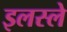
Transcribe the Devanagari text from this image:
इलस्ले